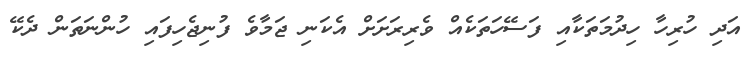
އަދި ހުރިހާ ހިދުމަތަކާއި ފަސޭހަތަކެއް ވެރިރަށަށް އެކަނި ޖަމާވެ ފުނިޖެހިފައި ހުންނަތަން ދެކޭ